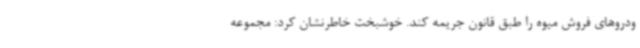
ودروهای فروش میوه را طبق قانون جریمه کند. خوشبخت خاطرنشان کرد: مجموعه